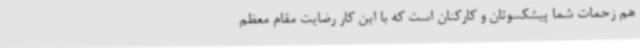
هم زحمات شما پیشکسوتان و کارکنان است که با این کار رضایت مقام معظم